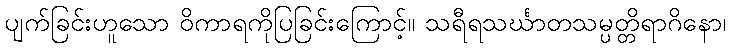
ပျက်ခြင်းဟူသော ဝိကာရကိုပြခြင်းကြောင့်။ သရီရသင်္ဃာတသမ္ပတ္တိရာဂိနော၊